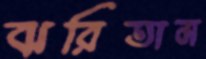
ঝরিতাম